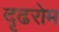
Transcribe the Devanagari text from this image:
दृढरोम